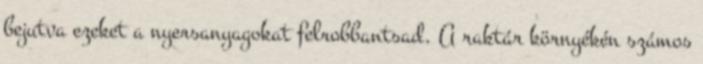
bejutva ezeket a nyersanyagokat felrobbantsad. A raktár környékén számos